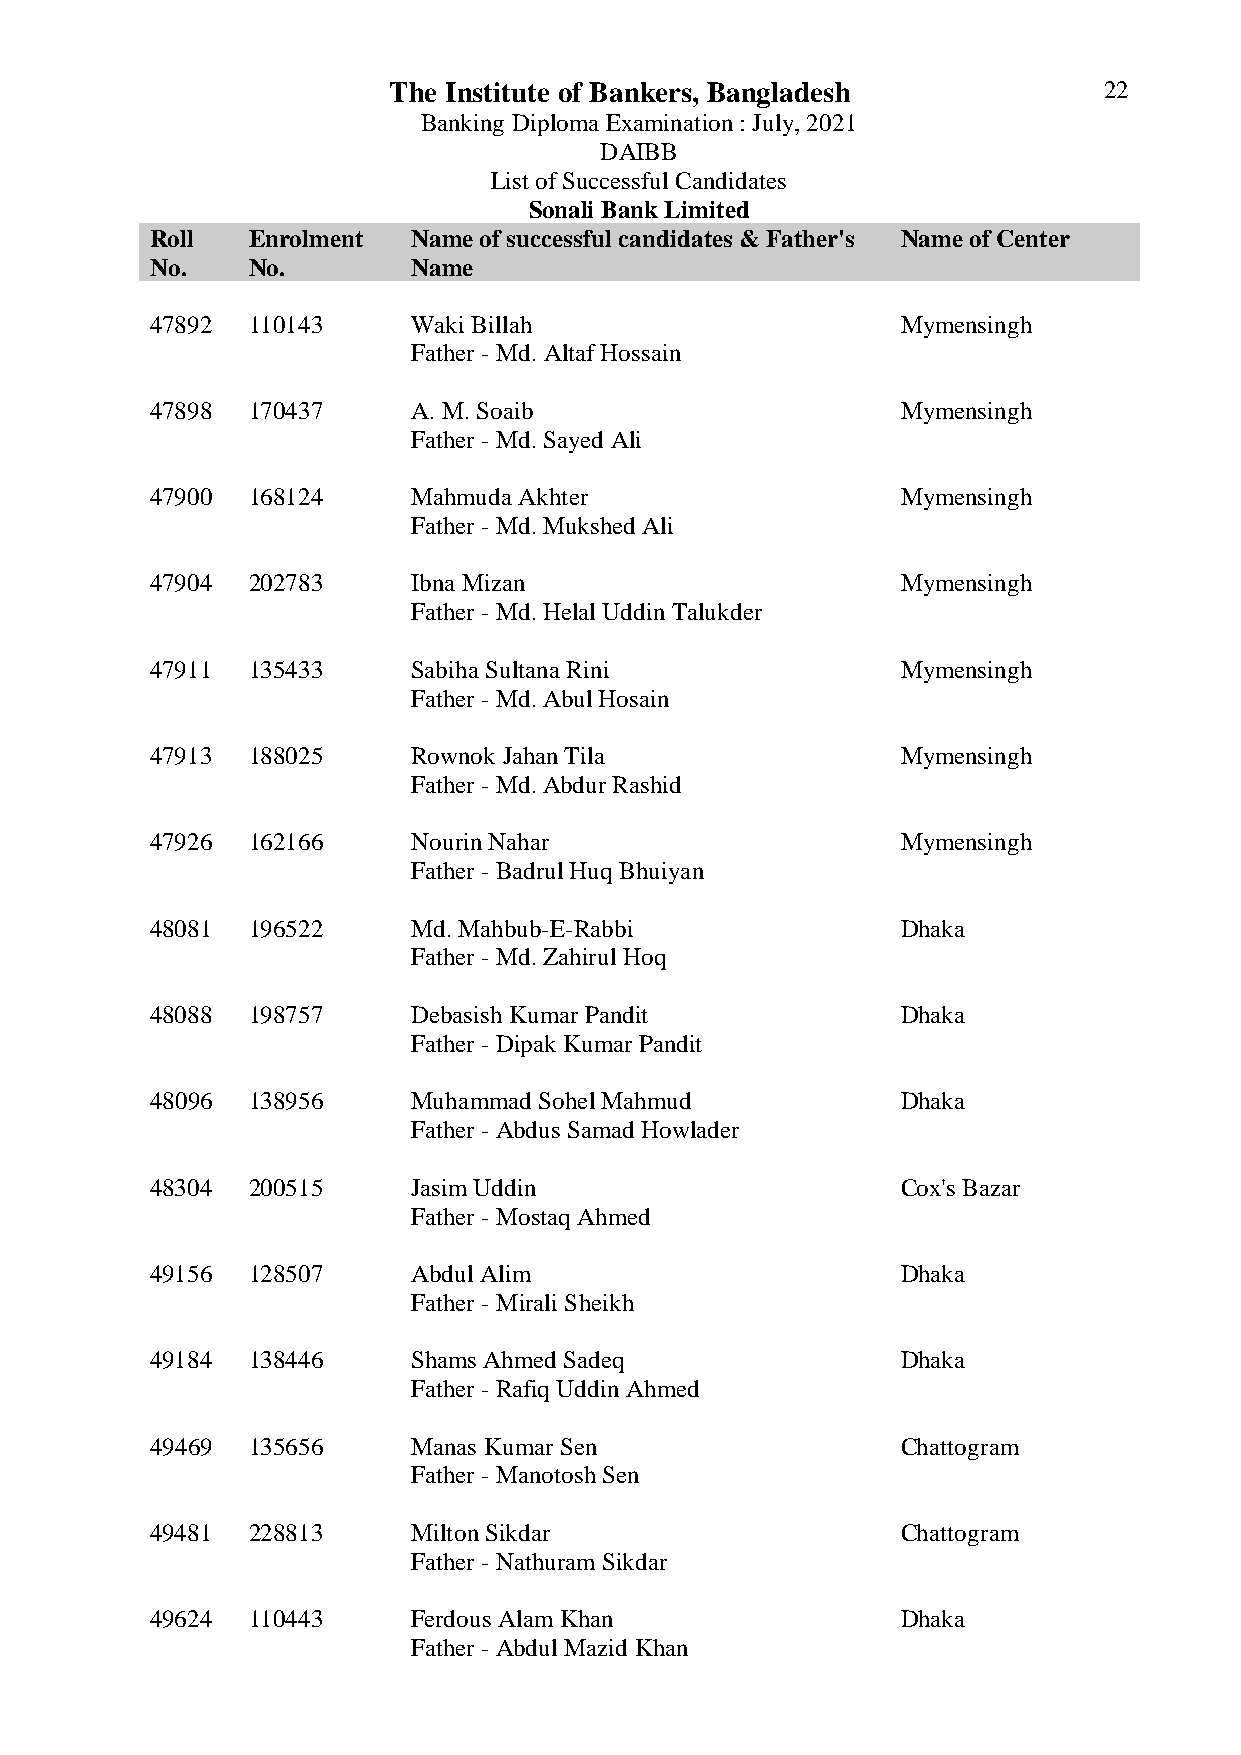
The Institute of Bankers, Bangladesh           22
 Banking Diploma Examination : July, 2021
 DAIBB
 List of Successful Candidates
 Sonali Bank Limited
 Roll  Enrolment  Name of successful candidates & Father's Name of Center
 No.   No.        Name
 47892 110143     Waki Billah                      Mymensingh
 Father - Md. Altaf Hossain
 47898 170437     A. M. Soaib                      Mymensingh
 Father - Md. Sayed Ali
 47900 168124     Mahmuda Akhter                   Mymensingh
 Father - Md. Mukshed Ali
 47904 202783     Ibna Mizan                       Mymensingh
 Father - Md. Helal Uddin Talukder
 47911 135433     Sabiha Sultana Rini              Mymensingh
 Father - Md. Abul Hosain
 47913 188025     Rownok Jahan Tila                Mymensingh
 Father - Md. Abdur Rashid
 47926 162166     Nourin Nahar                     Mymensingh
 Father - Badrul Huq Bhuiyan
 48081 196522     Md. Mahbub-E-Rabbi               Dhaka
 Father - Md. Zahirul Hoq
 48088 198757     Debasish Kumar Pandit            Dhaka
 Father - Dipak Kumar Pandit
 48096 138956     Muhammad Sohel Mahmud            Dhaka
 Father - Abdus Samad Howlader
 48304 200515     Jasim Uddin                      Cox's Bazar
 Father - Mostaq Ahmed
 49156 128507     Abdul Alim                       Dhaka
 Father - Mirali Sheikh
 49184 138446     Shams Ahmed Sadeq                Dhaka
 Father - Rafiq Uddin Ahmed
 49469 135656     Manas Kumar Sen                  Chattogram
 Father - Manotosh Sen
 49481 228813     Milton Sikdar                    Chattogram
 Father - Nathuram Sikdar
 49624 110443     Ferdous Alam Khan                Dhaka
 Father - Abdul Mazid Khan